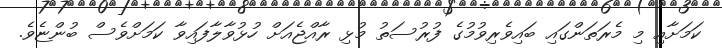
ކަމަށާއި މި މެރަތަންގައި ބައިވެރިވުމުގެ ފުރުސަތު މުޅި ރާއްޖެއަށް ހުޅުވާލާފައިވާ ކަމަށްވެސް ބުންޏެވެ.